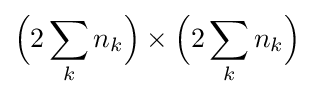
{\Big (}2\sum _{k}n_{k}{\Big )}\times {\Big (}2\sum _{k}n_{k}{\Big )}